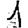
Digit: 1